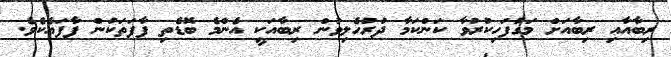
ރިބާއާއި ރިބާއަށް މަގުފަހިކުރުވާ ކަންކަމާ ދުރުހެލިވުން ރިބާއަކީ އެންމެ ބޮޑެތި ފާފަތަކުން ފާފައެކެވެ.